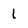
Character: l